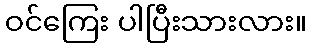
ဝင်ကြေး ပါပြီးသားလား။